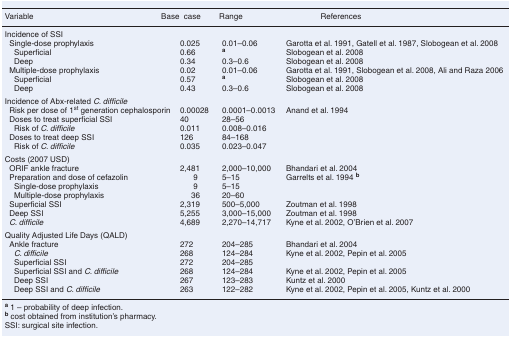
<table><thead><tr><td><b>Variable</b></td><td><b>Base case</b></td><td><b>Range</b></td><td><b>References</b></td></tr></thead><tbody><tr><td colspan="4">Incidence of SSI</td></tr><tr><td> Single-dose prophylaxis</td><td>0.025</td><td>0.01–0.06</td><td>Garotta et al. 1991, Gatell et al. 1987, Slobogean et al. 2008</td></tr><tr><td>Superficial</td><td>0.66</td><td><b><sup>a</sup></b></td><td>Slobogean et al. 2008</td></tr><tr><td>Deep</td><td>0.34</td><td>0.3–0.6</td><td>Slobogean et al. 2008</td></tr><tr><td> Multiple-dose prophylaxis</td><td>0.02</td><td>0.01–0.06</td><td>Garotta et al. 1991, Slobogean et al. 2008, Ali and Raza 2006</td></tr><tr><td> Superficial</td><td>0.57</td><td><b><sup>a</sup></b></td><td>Slobogean et al. 2008</td></tr><tr><td> Deep</td><td>0.43</td><td>0.3–0.6</td><td>Slobogean et al. 2008</td></tr><tr><td colspan="4">Incidence of Abx-related <i>C. difficile</i></td></tr><tr><td> Risk per dose of 1st generation cephalosporin</td><td>0.00028</td><td>0.0001–0.0013</td><td>Anand et al. 1994</td></tr><tr><td> Doses to treat superficial SSI</td><td>40</td><td>28–56</td><td></td></tr><tr><td>Risk of <i>C. difficile</i></td><td>0.011</td><td>0.008–0.016</td><td></td></tr><tr><td> Doses to treat deep SSI</td><td>126</td><td>84–168</td><td></td></tr><tr><td>Risk of <i>C. difficile</i></td><td>0.035</td><td>0.023–0.047</td><td></td></tr><tr><td>Costs (2007 USD)</td><td></td><td></td><td></td></tr><tr><td> ORIF ankle fracture</td><td>2,481</td><td>2,000–10,000</td><td>Bhandari et al. 2004</td></tr><tr><td> Preparation and dose of cefazolin</td><td>9</td><td>5–15</td><td>Garrelts et al. 1994<b><sup>b</sup></b></td></tr><tr><td>Single-dose prophylaxis</td><td>9</td><td>5–15</td><td></td></tr><tr><td>Multiple-dose prophylaxis</td><td>36</td><td>20–60</td><td></td></tr><tr><td> Superficial SSI</td><td>2,319</td><td>500–5,000</td><td>Zoutman et al. 1998</td></tr><tr><td> Deep SSI</td><td>5,255</td><td>3,000–15,000</td><td>Zoutman et al. 1998</td></tr><tr><td><i>C. difficile</i></td><td>4,689</td><td>2,270–14,717</td><td>Kyne et al. 2002, O&#x27;Brien et al. 2007</td></tr><tr><td colspan="4">Quality Adjusted Life Days (QALD)</td></tr><tr><td> Ankle fracture</td><td>272</td><td>204–285</td><td>Bhandari et al. 2004</td></tr><tr><td><i>C. difficile</i></td><td>268</td><td>124–284</td><td>Kyne et al. 2002, Pepin et al. 2005</td></tr><tr><td>Superficial SSI</td><td>272</td><td>204–285</td><td></td></tr><tr><td>Superficial SSI and <i>C. difficile</i></td><td>268</td><td>124–284</td><td>Kyne et al. 2002, Pepin et al. 2005</td></tr><tr><td>Deep SSI</td><td>267</td><td>123–283</td><td>Kuntz et al. 2000</td></tr><tr><td>Deep SSI and <i>C. difficile</i></td><td>263</td><td>122–282</td><td>Kyne et al. 2002, Pepin et al. 2005, Kuntz et al. 2000</td></tr></tbody></table>